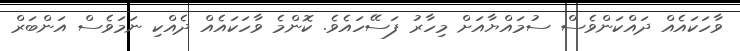
ވާހަކައެއް ދައްކަންވެސް ސުމައްޔާއަށް މިހާރު ފަސޭހައެވެ. ކޮންމެ ވާހަކައެއް ދެއްކި ނަމަވެސް އަންބަރް